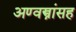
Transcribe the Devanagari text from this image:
अण्वस्त्रांसह